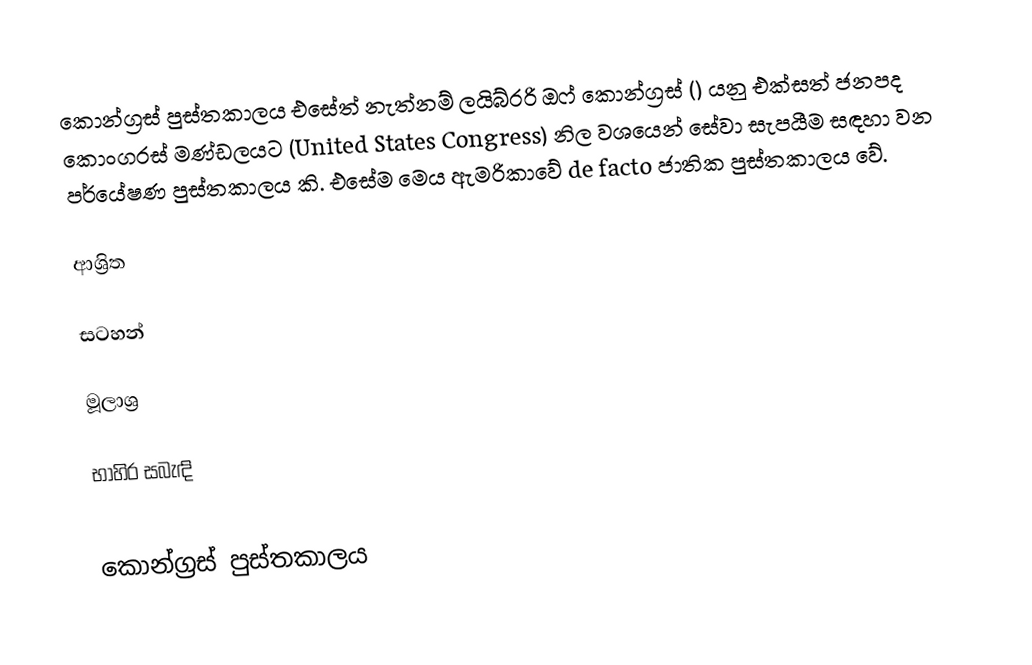
කොන්ග්‍රස් පුස්තකාලය එසේත් නැත්නම් ලයිබ්රරි ඔෆ් කොන්ග්‍රස් () යනු එක්සත් ජනපද කොංග‍්‍රස් මණ්ඩලයට (United States Congress) නිල වශයෙන් සේවා සැපයීම සඳහා වන පර්යේෂණ පුස්තකාලය කි. එසේම මෙය ඇමරිකාවේ de facto ජාතික පුස්තකාලය වේ.

ආශ්‍රිත

සටහන්

මූලාශ්‍ර

භාහිර සබැඳි

කොන්ග්‍රස් පුස්තකාලය